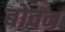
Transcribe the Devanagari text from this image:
बोवन